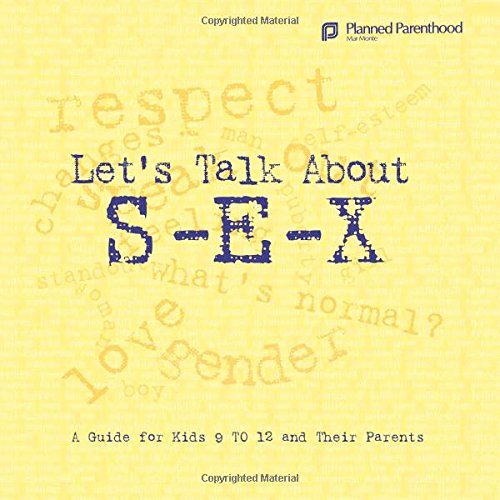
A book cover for Let's Talk About S-E-X: A Guide for Kids 9 to 12 and Their Parents; Sam Gitchel; Parenting & Relationships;